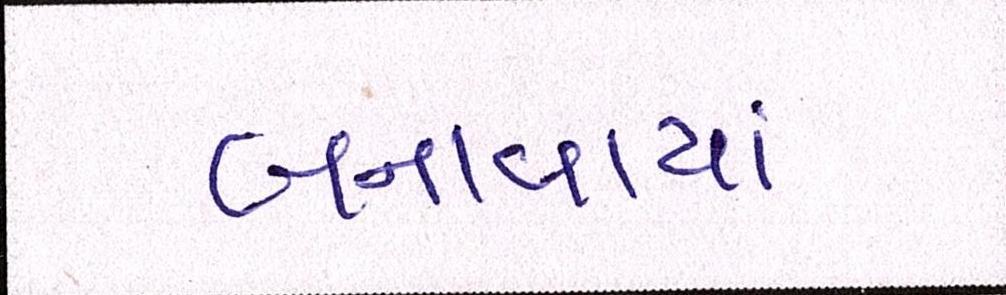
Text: બનાવાયાં